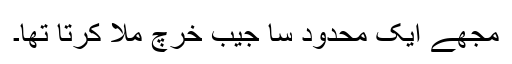
مجھے ایک محدود سا جیب خرچ ملا کرتا تھا۔